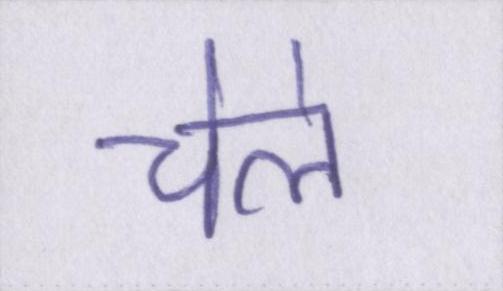
चेले